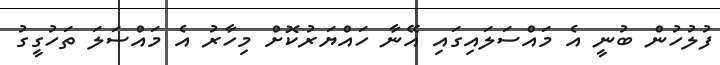
ފުލުހުން ބުނީ އެ މައްސަލައިގައި އޭނާ ހައްޔަރުކޮށް މިހާރު އެ މައްސަލަ ތަހުގީގު